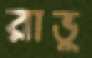
রাভু